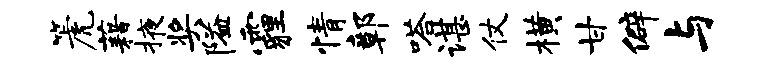
篪藉掖奖隘霾情鄣嗒谌仗横甘僻与